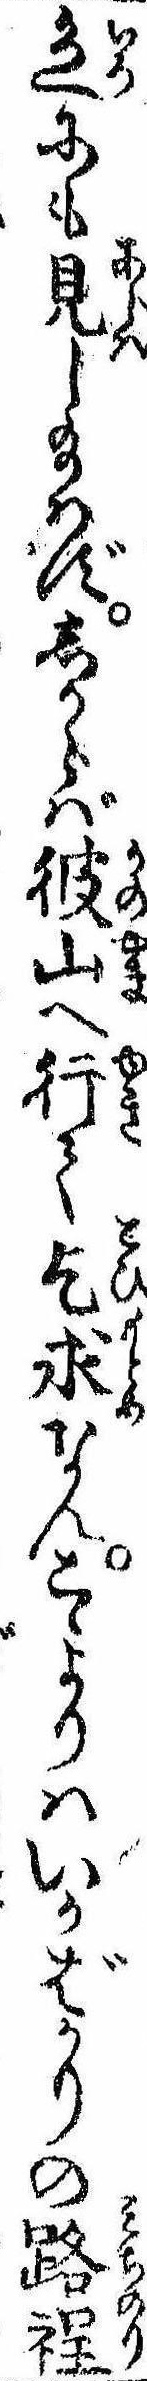
色にも見し給たずしからば彼山へ行て乞求なんこゝよりはいかばかりの路程